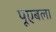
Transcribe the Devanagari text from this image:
पूएबला